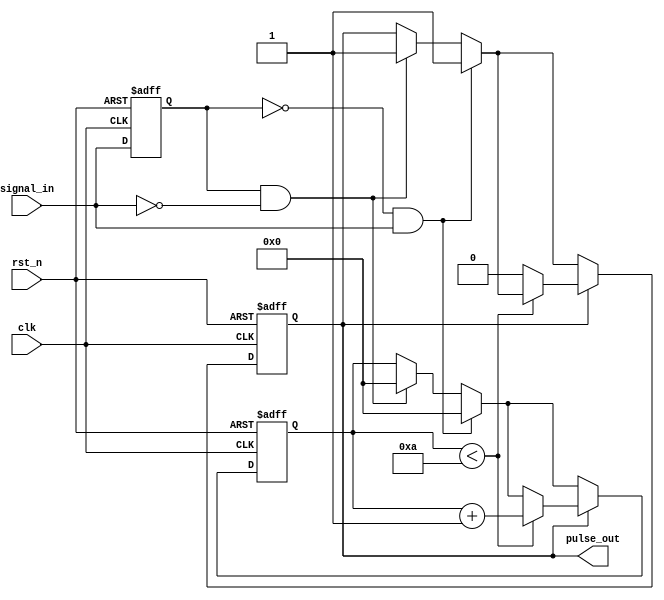
module monostable_edge_detector (
    input wire clk,          // Clock input
    input wire rst_n,       // Active low reset
    input wire signal_in,    // Input signal to detect edges
    output reg pulse_out     // Output pulse
);

    // Parameters
    parameter PULSE_WIDTH = 10; // Pulse width in clock cycles

    // Internal signals
    reg signal_in_d;          // Delayed version of the input signal
    reg [3:0] pulse_counter;  // Counter for pulse width

    // Edge detection and pulse generation
    always @(posedge clk or negedge rst_n) begin
        if (!rst_n) begin
            signal_in_d <= 1'b0;
            pulse_out <= 1'b0;
            pulse_counter <= 4'b0;
        end else begin
            // Store the previous state of the input signal
            signal_in_d <= signal_in;

            // Check for rising edge
            if (!signal_in_d && signal_in) begin
                pulse_out <= 1'b1; // Generate pulse on rising edge
                pulse_counter <= 4'b0; // Reset pulse counter
            end
            // Check for falling edge
            else if (signal_in_d && !signal_in) begin
                pulse_out <= 1'b1; // Generate pulse on falling edge
                pulse_counter <= 4'b0; // Reset pulse counter
            end
            
            // Pulse width control
            if (pulse_out) begin
                if (pulse_counter < PULSE_WIDTH) begin
                    pulse_counter <= pulse_counter + 1'b1; // Increment counter
                end else begin
                    pulse_out <= 1'b0; // End pulse after specified width
                end
            end
        end
    end

endmodule